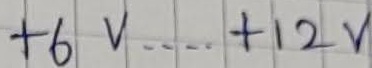
Text: +6V....+12V